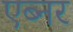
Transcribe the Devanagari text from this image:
एब्नर